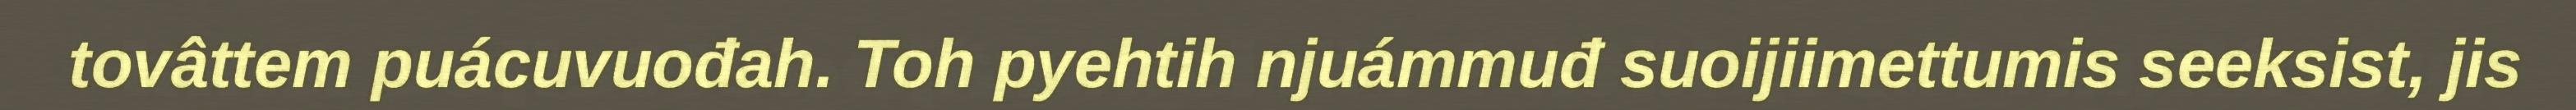
tovâttem puácuvuođah. Toh pyehtih njuámmuđ suoijiimettumis seeksist, jis